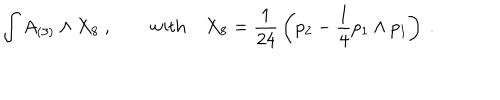
\int A _ { ( 3 ) } \wedge X _ { 8 } \ , \qquad \mathrm { w i t h } \quad X _ { 8 } = { \frac { 1 } { 2 4 } } \left( p _ { 2 } - { \frac { 1 } { 4 } } p _ { 1 } \wedge p _ { 1 } \right) \ .